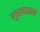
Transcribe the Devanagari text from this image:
मुखपत्राला